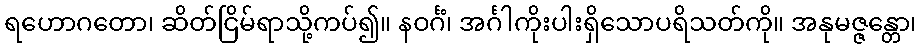
ရဟောဂတော၊ ဆိတ်ငြိမ်ရာသို့ကပ်၍။ နဝင်္ဂံ၊ အင်္ဂါကိုးပါးရှိသောပရိသတ်ကို။ အနုမဇ္ဇန္တော၊